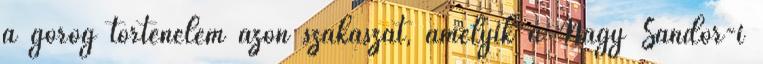
a görög történelem azon szakaszát, amelyik a Nagy Sándor-i